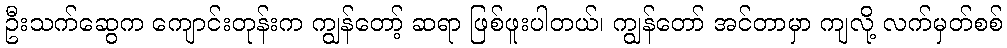
ဦးသက်ဆွေက ကျောင်းတုန်းက ကျွန်တော့် ဆရာ ဖြစ်ဖူးပါတယ်၊ ကျွန်တော် အင်တာမှာ ကျလို့ လက်မှတ်စစ်